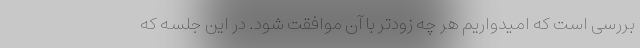
بررسی است که امیدواریم هر چه زودتر با آن موافقت شود. در این جلسه که